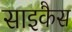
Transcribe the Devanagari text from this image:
साइकैस